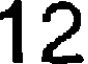
12